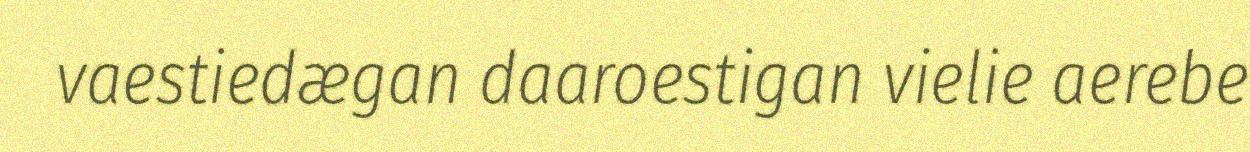
vaestiedægan daaroestigan vielie aerebe